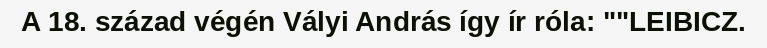
A 18. század végén Vályi András így ír róla: ""LEIBICZ.